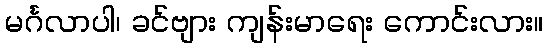
မင်္ဂလာပါ၊ ခင်ဗျား ကျန်းမာရေး ကောင်းလား။